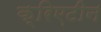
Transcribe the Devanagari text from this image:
क्रिएटीन